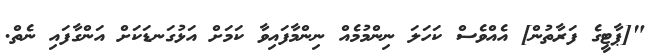
"[ޕާޓީގެ ފަރާތުން] އެއްވެސް ކަހަލަ ނިންމުމެއް ނިންމާފައިވާ ކަމަށް އަޅުގަނޑަކަށް އަންގާފައި ނެތް.